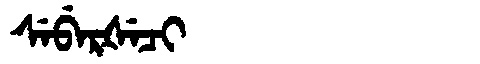
Manchu: ᠰᡝᠪᡝᡵᡧᡝᠴᡳ
Romanization: SEBERŠECI